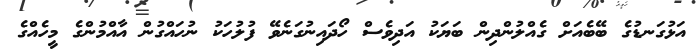
އަޅުގަނޑުގެ ބޭބެއަށް ގެއްލުންދިން ބަޔަކު އަދިވެސް ހޯދައިނުގަނެވޭ ފުލުހަކު ނުހައްގުން އާއްމުންގެ މީހެއްގެ